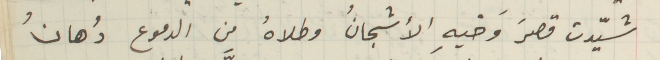
شيّدت قصرَ وَخيهِ الأشجانُ وطلاهُ من الدموع دُهانُ